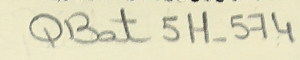
QBat 5 H-574